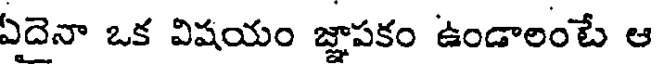
ఏదెనా ఒక విషయం జ్ఞాపకం ఉండాలంటే ఆ